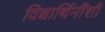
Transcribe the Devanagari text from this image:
विद्यार्थिनींशी